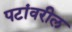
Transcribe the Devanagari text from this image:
पटांवरील